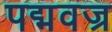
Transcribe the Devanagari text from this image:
पद्मवज्र